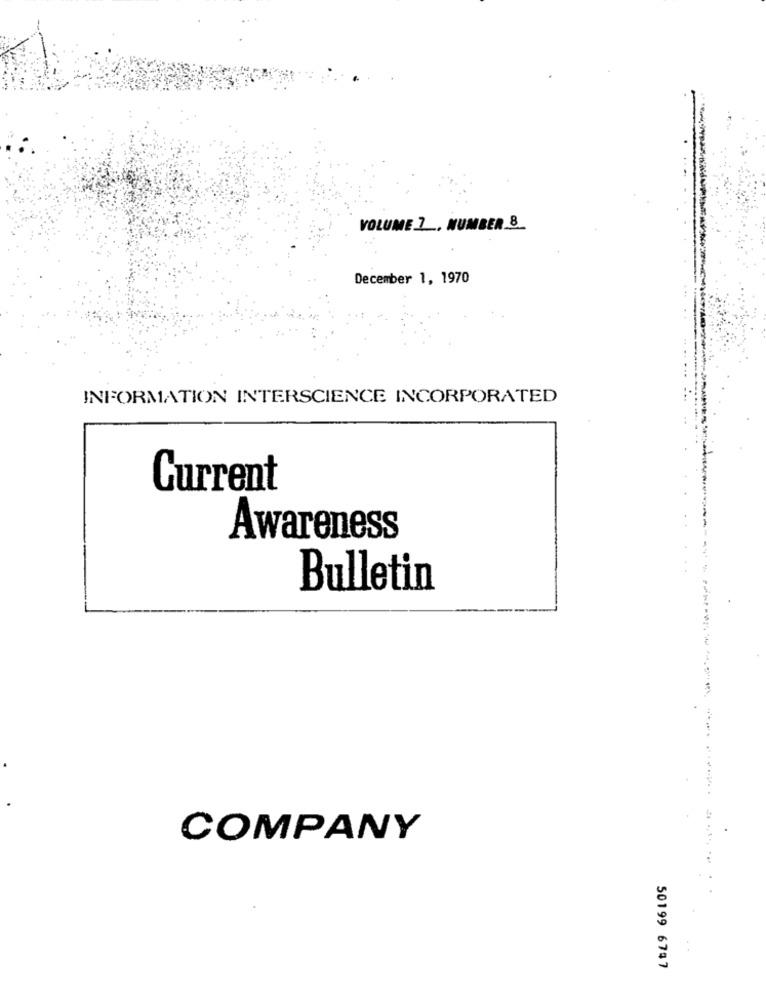
VOLUME ] _. NUMBER 8
December 1, 1970
INFORMATION INTERSCIENCE INCORPORATED
Current
Awareness
Bulletin
COMPANY
50199 6787